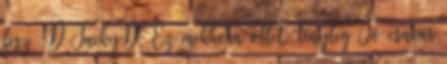
lesz :D JackyD: Ez mekkora ötlet, tényleg Jó csavar